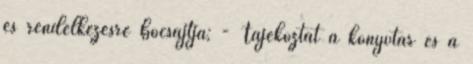
és rendelkezésre bocsájtja; - Tájékoztat a könyvtár és a